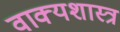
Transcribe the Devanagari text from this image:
वाक्यशास्त्र